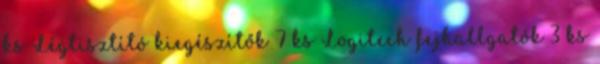
ks Légtisztító kiegészítők 7 ks Logitech fejhallgatók 3 ks